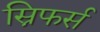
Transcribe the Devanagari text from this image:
स्निफर्स